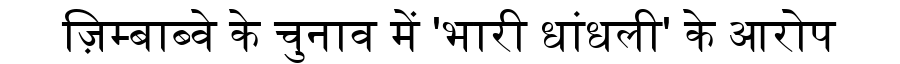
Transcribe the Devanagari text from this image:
ज़िम्बाब्वे के चुनाव में 'भारी धांधली' के आरोप